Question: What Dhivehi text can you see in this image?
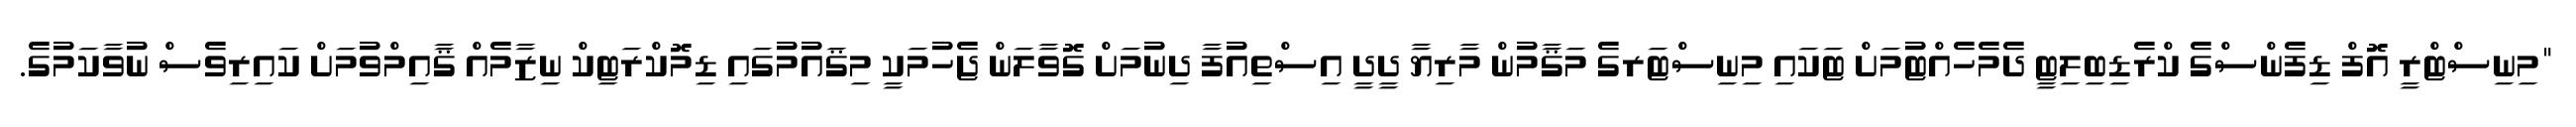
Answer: "މިނިސްޓްރީ އޮފް ޑިފެންސްގެ ކްރެޑިބިލިޓީ ދެމެހެއްޓުމަށް ޓަކައި މިނިސްޓަރގެ މަޤާމުން މާރިޔާ ދީދީ އިސްތިއުފާ ދިނުމަށް ގޮވާލަން ޖެހުމަކީ މިޤައުމުގައި ޑިމޮކްރަޓިކް ނިޒާމެއް ޤާއިމްވުމަށް ކައިރިވެސް ނުވާކަމުގެ.